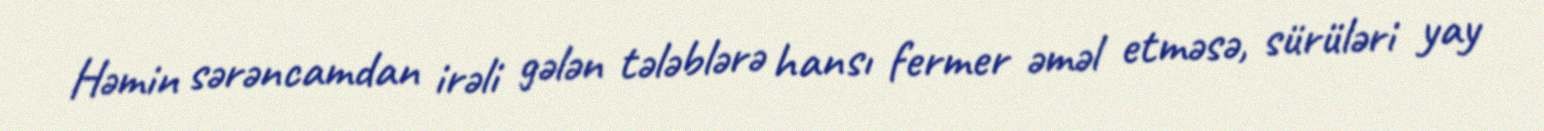
Həmin sərəncamdan irəli gələn tələblərə hansı fermer əməl etməsə, sürüləri yay